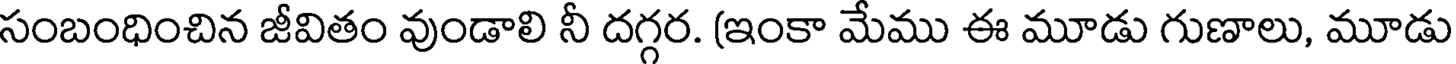
సంబంధించిన జీవితం వుండాలి నీ దగ్గర. (ఇంకా మేము ఈ మూడు గుణాలు, మూడు